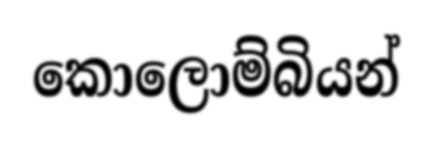
කොලොම්බියන්